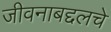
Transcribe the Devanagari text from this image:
जीवनाबद्दलचे